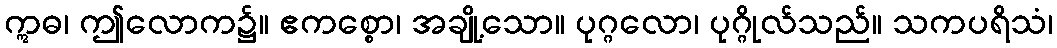
ဣဓ၊ ဤလောက၌။ ဧကစ္စော၊ အချို့သော။ ပုဂ္ဂလော၊ ပုဂ္ဂိုလ်သည်။ သကပရိသံ၊